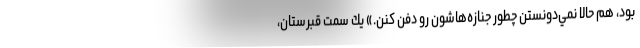
بود، هم حالا نمي‌دونستن چطور جنازه‌هاشون رو دفن كنن.» يك سمت قبرستان،